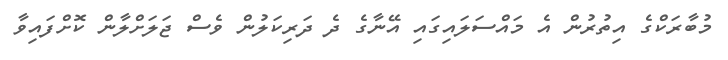
މުބާރަކްގެ އިތުރުން އެ މައްސަލައިގައި އޭނާގެ ދެ ދަރިކަލުން ވެސް ޖަލަށްލާން ކޮށްފައިވާ